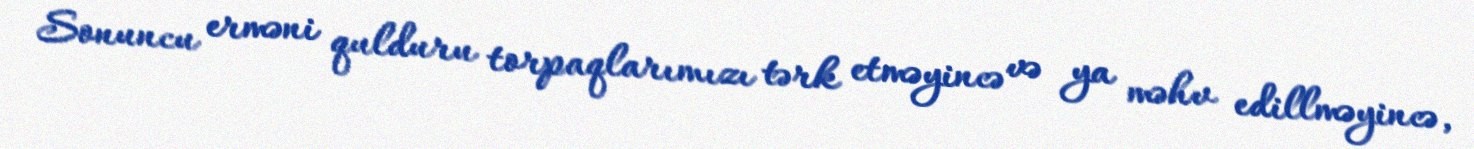
Sonuncu erməni qulduru torpaqlarımızı tərk etməyincə və ya məhv edillməyincə,